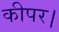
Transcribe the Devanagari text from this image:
कीपर।